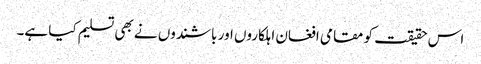
اس حقیقت کو مقامی افغان اہلکاروں اور باشندوں نے بھی تسلیم کیا ہے۔